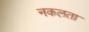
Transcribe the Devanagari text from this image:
नकलता